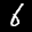
Label: 6